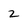
Character: 2